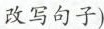
改写句子)